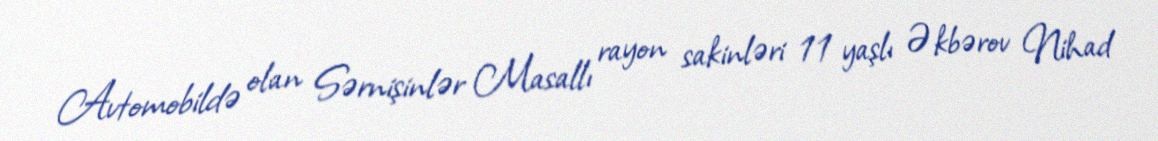
Avtomobildə olan Sərnişinlər Masallı rayon sakinləri 11 yaşlı Əkbərov Nihad